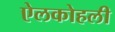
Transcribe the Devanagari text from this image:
ऐलकोहली